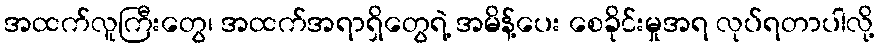
အထက်လူကြီးတွေ၊ အထက်အရာရှိတွေရဲ့ အမိန့်ပေး စေခိုင်းမှုအရ လုပ်ရတာပါလို့